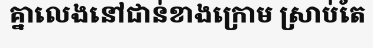
គ្នាលេងនៅជាន់ខាងក្រោម ស្រាប់តែ